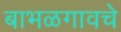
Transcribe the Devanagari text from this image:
बाभळगावचे